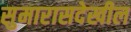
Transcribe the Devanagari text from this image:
सुमारासदेखील